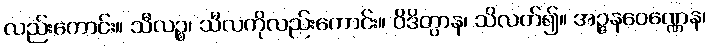
လည်းကောင်း။ သီလဉ္စ၊ သီလကိုလည်းကောင်း။ ဝိဒိတွာန၊ သိလတ်၍။ အဉ္ဇနဝေဏ္ဏေန၊